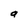
Character: a